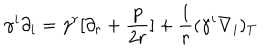
\gamma ^ { i } \partial _ { i } = \gamma ^ { r } [ \partial _ { r } + { \frac { p } { 2 r } } ] + { \frac { 1 } { r } } ( \gamma ^ { i } \nabla _ { i } ) _ { T }